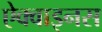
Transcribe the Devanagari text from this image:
ऐक्वाइनस